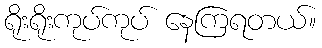
ရိုးရိုးကုပ်ကုပ် နေကြရတယ်။